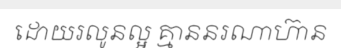
ដោយរលូនល្អ គ្មាននរណាហ៊ាន